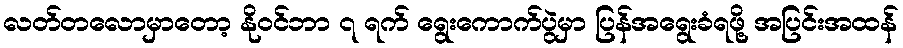
လတ်တလောမှာတော့ နိုဝင်ဘာ ၇ ရက် ရွေးကောက်ပွဲမှာ ပြန်အရွေးခံရဖို့ အပြင်းအထန်